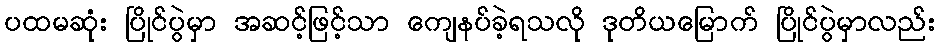
ပထမဆုံး ပြိုင်ပွဲမှာ အဆင့်ဖြင့်သာ ကျေနပ်ခဲ့ရသလို ဒုတိယမြောက် ပြိုင်ပွဲမှာလည်း